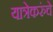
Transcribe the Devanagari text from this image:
यात्रेकरुंचे